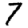
Digit: 7